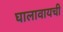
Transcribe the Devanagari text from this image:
घालावायची